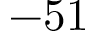
- 5 1